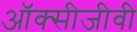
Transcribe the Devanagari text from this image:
ऑक्सीजीवी